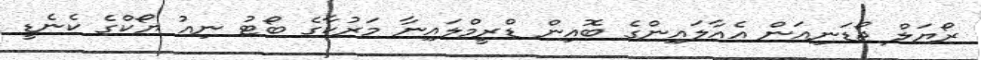
ރޯޔަލް ޖޯޑަނިއަން އެއާލައިންގެ ބޮއިން ޑްރީމްލައިނާ މަރުކާގެ ބޯޓު ނިއު ޔޯކްގެ ކެނެޑީ